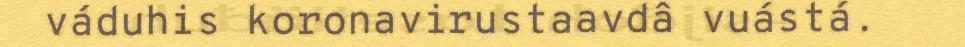
váduhis koronavirustaavdâ vuástá.